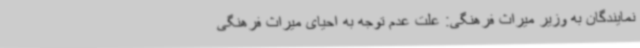
نمایندگان به وزیر میراث فرهنگی: علت عدم توجه به احیای میراث فرهنگی